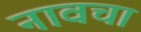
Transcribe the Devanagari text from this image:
नावचा